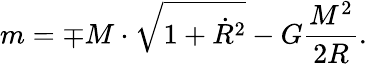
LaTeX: m=\mp M\cdot\sqrt{1+\dot{R}^{2}}-G\frac{M^{2}}{2R}.